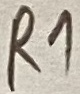
Text: R1